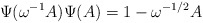
\begin{align*}\Psi(\omega^{-1}A)\Psi(A)=1-\omega^{-1/2}A\end{align*}